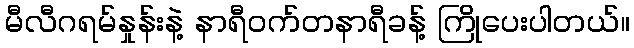
မီလီဂရမ်နှုန်းနဲ့ နာရီဝက်တနာရီခန့် ကြိုပေးပါတယ်။